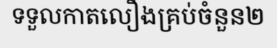
ទទួលកាតលឿងគ្រប់ចំនួន២